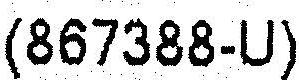
(867388-U)